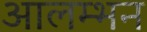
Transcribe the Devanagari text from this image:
आलम्भन